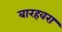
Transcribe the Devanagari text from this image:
बारहवरा